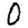
Digit: 0